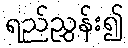
ရည်ညွှန်း၍